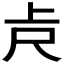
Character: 𠧛